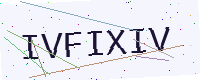
Text: IVFIXIV